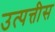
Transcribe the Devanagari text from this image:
उत्पत्तीस